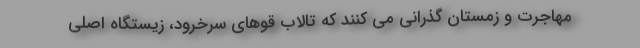
مهاجرت و زمستان گذرانی می کنند که تالاب قوهای سرخرود، زیستگاه اصلی